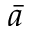
\bar { a }